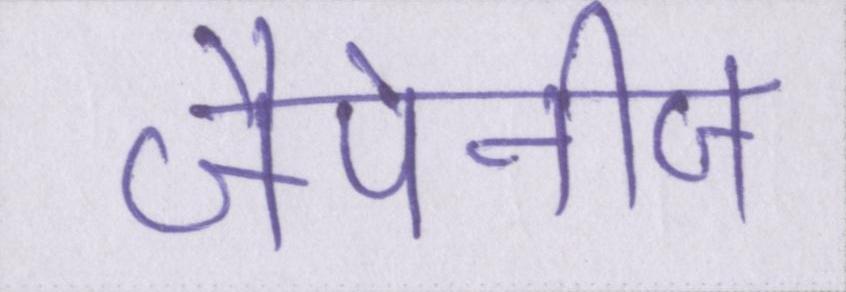
जैपेनीज